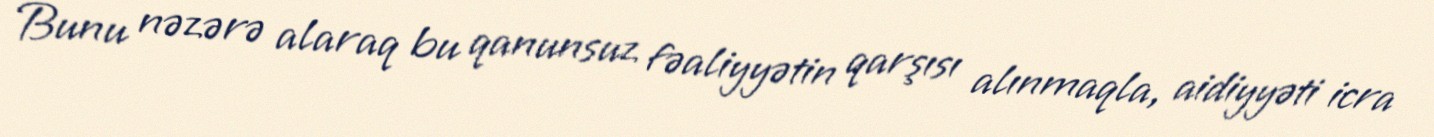
Bunu nəzərə alaraq bu qanunsuz fəaliyyətin qarşısı alınmaqla, aidiyyəti icra